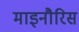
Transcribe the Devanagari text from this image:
माइनौरिस